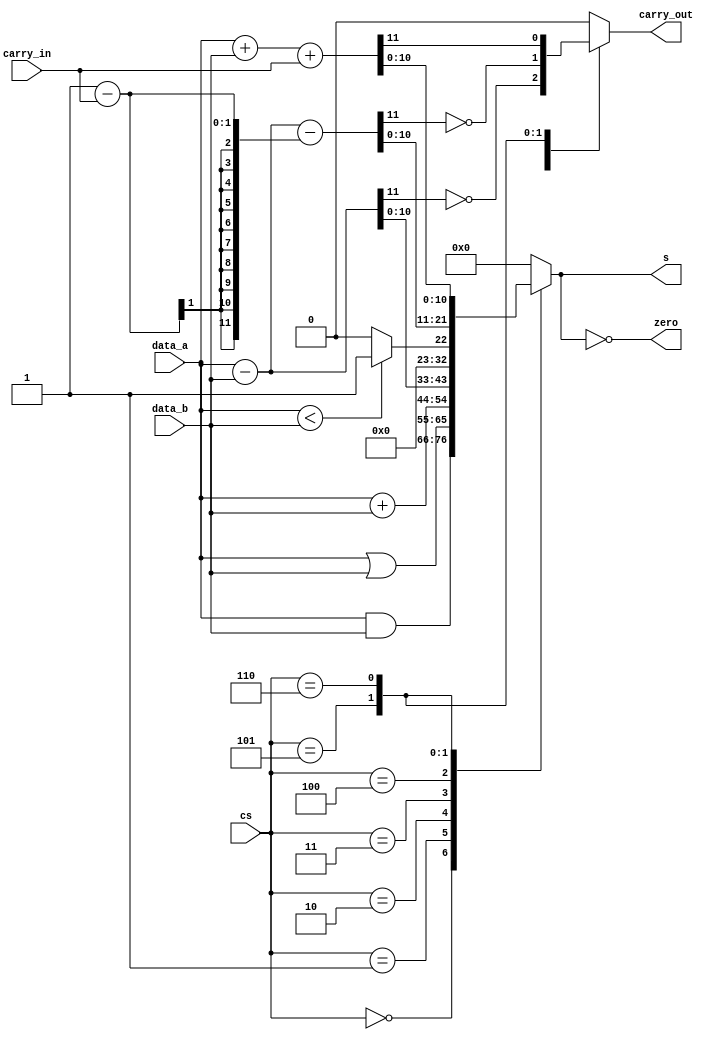
module alumdl(data_a,data_b,s,zero,cs,carry_in,carry_out);
	input[10:0] data_a;
	input[10:0] data_b;
	input[2:0] cs;
	input carry_in;
	output reg [10:0] s;
	output zero;
	output reg carry_out;
	parameter AND =3'b000,OR=3'b001,ADD=3'b010,SUB=3'b011,SLT=3'b100,SUBC=3'b101,ADDC=3'b110;
	reg[11:0] temp=12'b0;
	assign zero=(s==0);
	initial begin
		s=0;
		carry_out=0;
	end
	always @ *
		begin
			case(cs)
			AND:
				begin
					s=data_a&data_b;
					carry_out=1'b0;
				end
			OR:
				begin
					s=data_a|data_b;
					carry_out=1'b0;
				end
			ADD:
				begin
					s=data_a+data_b;
					carry_out=1'b0;
				end
			SUB:
				begin
					temp=data_a-data_b;
					carry_out=~temp[11];
					s[10:0]=temp[10:0];
				end
			SLT:
				begin
					if(data_a[10:0]<data_b[10:0]) s[10:0]=1;
					else s[10:0]=0;
					carry_out=1'b0;
				end
			SUBC:
				begin
					temp=data_a-data_b-(1-carry_in);
					//temp=data_a-data_b-carry_in;
					carry_out=~temp[11];
					s[10:0]=temp[10:0];
				end
			ADDC:
				begin
					temp=data_a+data_b+carry_in;
					carry_out=temp[11];
					s[10:0]=temp[10:0];
				end
			default:
				begin
					s[10:0]=11'b0;
					carry_out=1'b0;
				end
			endcase
		end
endmodule